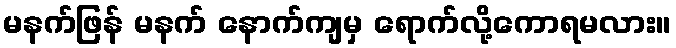
မနက်ဖြန် မနက် နောက်ကျမှ ရောက်လို့ကောရမလား။